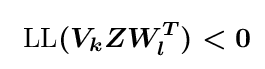
{\boldsymbol {{\text{ LL}}(V_{k}ZW_{l}^{T})<0}}